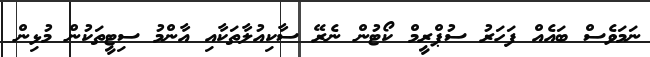
ނަމަވެސް ބައެއް ފަހަރު ސުޕްރީމް ކޯޓުން ނެރޭ ސާކިއުލާތަކާއި އާންމު ސިޓީތަކުން މުޅިން